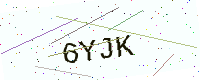
Text: 6YJK